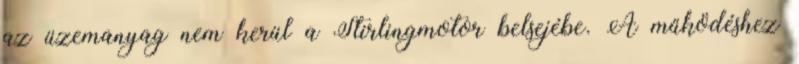
az üzemanyag nem kerül a Stirlingmotor belsejébe. A működéshez